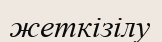
жеткізілу